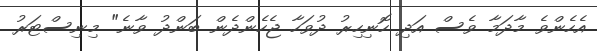
އެހެންވެ މާދަމާ ވެސް އަދި ހޮނިހިރު ދުވަހާ ޖެހެންދެން ބަންދު ވާނެ" މިނިސްޓަރު